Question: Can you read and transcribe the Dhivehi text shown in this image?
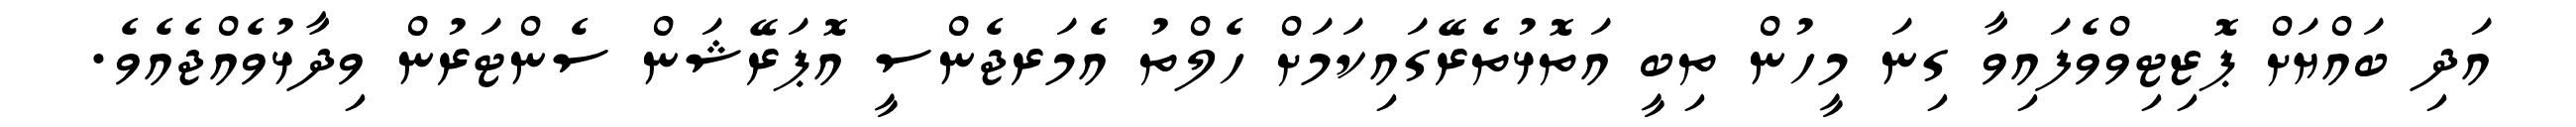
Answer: އަދި ބައްޔަށް ޕޮޒިޓިވްވެފައިވާ ގިނަ މީހުން ތިބީ އަތޮޅުތެރޭގައިކަމަށް ހެލްތު އެމަރޖެންސީ އޮޕަރޭޝަން ސެންޓަރުން ވިދާޅުވެއްޖެއެވެ.